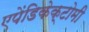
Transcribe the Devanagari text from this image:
एपेंडिकेक्टोमी